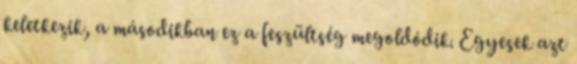
keletkezik, a másodikban ez a feszültség megoldódik. Egyesek azt